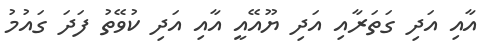
އާއި އަދި ގަތަރާއި އަދި ޔޫއޭއީ އާއި އަދި ކުވޭތު ފަދަ ގައުމު